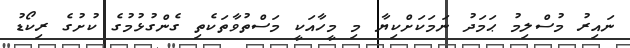
ނައިރު މުސްލިމު ޙަމަދު ނަމަކަށްކިޔާ މި މީހާއަކީ މަސްތުވާތަކެތި ގެންގުޅުމުގެ ކުށުގެ ރިކޯޑު